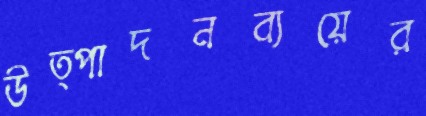
উত্পাদনব্যয়ের